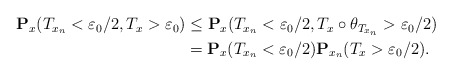
\begin{align*}\begin{aligned}\mathbf{P}_x(T_{x_n}<\varepsilon_0/2, T_x>\varepsilon_0)&\leq \mathbf{P}_x(T_{x_n}<\varepsilon_0/2, T_x\circ \theta_{T_{x_n}}>\varepsilon_0/2) \\&=\mathbf{P}_x(T_{x_n}<\varepsilon_0/2)\mathbf{P}_{x_n}(T_x>\varepsilon_0/2). \end{aligned}\end{align*}